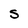
Character: S